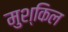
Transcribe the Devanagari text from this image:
मुश्‍किल